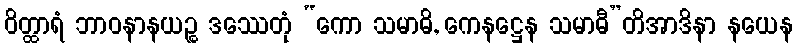
ဝိတ္ထာရံ ဘာဝနာနယဉ္စ ဒဿေတုံ “ကော သမာဓိ, ကေနဋ္ဌေန သမာဓီ”တိအာဒိနာ နယေန